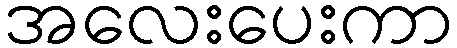
အလေးပေးကာ